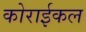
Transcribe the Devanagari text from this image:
कोराईकल